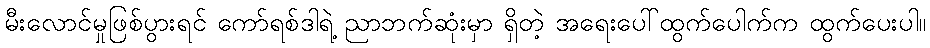
မီးလောင်မှုဖြစ်ပွားရင် ကော်ရစ်ဒါရဲ့ ညာဘက်ဆုံးမှာ ရှိတဲ့ အရေးပေါ်ထွက်ပေါက်က ထွက်ပေးပါ။